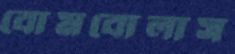
বোমবোলাস